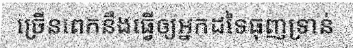
ច្រើនពេកនឹងធ្វើឲ្យអ្នកដទៃធុញទ្រាន់